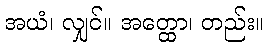
အယံ၊ လျှင်။ အတ္ထော၊ တည်း။